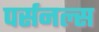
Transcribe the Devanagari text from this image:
पर्सनल्स